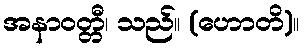
အနာဝတ္တီ၊ သည်။ (ဟောတိ)။